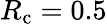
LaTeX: R_{\mathrm{c}}=0.5